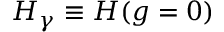
\begin{array} { r } { H _ { \gamma } \equiv H ( g = 0 ) } \end{array}